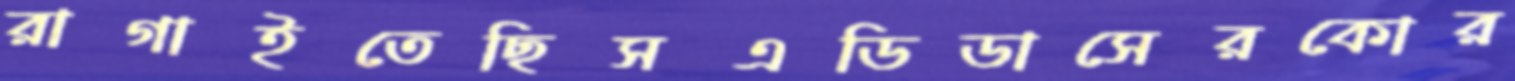
রাগাইতেছিসএডিডাসেরকোর